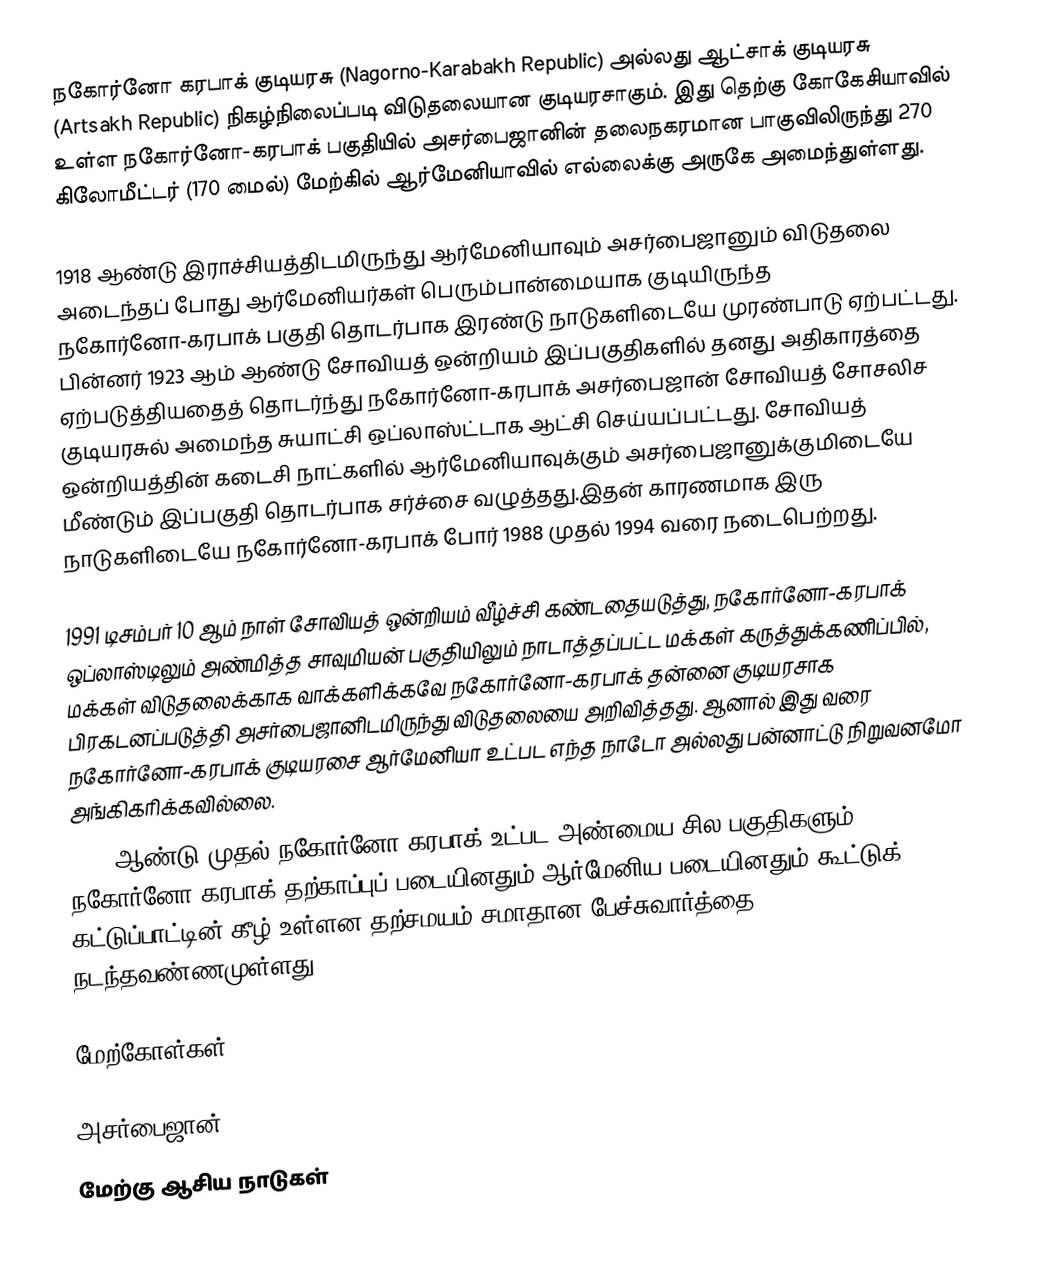
நகோர்னோ கரபாக் குடியரசு (Nagorno-Karabakh Republic) அல்லது ஆட்சாக் குடியரசு  (Artsakh Republic) நிகழ்நிலைப்படி விடுதலையான குடியரசாகும். இது தெற்கு கோகேசியாவில் உள்ள நகோர்னோ-கரபாக் பகுதியில் அசர்பைஜானின் தலைநகரமான பாகுவிலிருந்து 270 கிலோமீட்டர் (170 மைல்) மேற்கில் ஆர்மேனியாவில் எல்லைக்கு அருகே அமைந்துள்ளது.

1918 ஆண்டு இராச்சியத்திடமிருந்து ஆர்மேனியாவும் அசர்பைஜானும் விடுதலை அடைந்தப் போது ஆர்மேனியர்கள் பெரும்பான்மையாக குடியிருந்த நகோர்னோ-கரபாக் பகுதி தொடர்பாக இரண்டு நாடுகளிடையே முரண்பாடு ஏற்பட்டது. பின்னர் 1923 ஆம் ஆண்டு சோவியத் ஒன்றியம் இப்பகுதிகளில் தனது அதிகாரத்தை ஏற்படுத்தியதைத் தொடர்ந்து  நகோர்னோ-கரபாக் அசர்பைஜான் சோவியத் சோசலிச குடியரசுல் அமைந்த சுயாட்சி ஒப்லாஸ்ட்டாக ஆட்சி செய்யப்பட்டது. சோவியத் ஒன்றியத்தின் கடைசி நாட்களில் ஆர்மேனியாவுக்கும் அசர்பைஜானுக்குமிடையே மீண்டும் இப்பகுதி தொடர்பாக சர்ச்சை வழுத்தது.இதன் காரணமாக இரு நாடுகளிடையே நகோர்னோ-கரபாக் போர் 1988 முதல் 1994 வரை நடைபெற்றது.

1991 டிசம்பர் 10 ஆம் நாள் சோவியத் ஒன்றியம் வீழ்ச்சி கண்டதையடுத்து, நகோர்னோ-கரபாக் ஒப்லாஸ்டிலும் அண்மித்த சாவுமியன் பகுதியிலும் நாடாத்தப்பட்ட மக்கள் கருத்துக்கணிப்பில், மக்கள் விடுதலைக்காக வாக்களிக்கவே நகோர்னோ-கரபாக் தன்னை குடியரசாக பிரகடனப்படுத்தி அசர்பைஜானிடமிருந்து விடுதலையை அறிவித்தது. ஆனால் இது வரை நகோர்னோ-கரபாக் குடியரசை ஆர்மேனியா உட்பட எந்த நாடோ அல்லது பன்னாட்டு நிறுவனமோ அங்கிகரிக்கவில்லை.
1994 ஆண்டு முதல் நகோர்னோ-கரபாக் உட்பட அண்மைய சில பகுதிகளும் நகோர்னோ-கரபாக் தற்காப்புப் படையினதும் ஆர்மேனிய படையினதும் கூட்டுக் கட்டுப்பாட்டின் கீழ் உள்ளன.தற்சமயம் சமாதான பேச்சுவார்த்தை நடந்தவண்ணமுள்ளது.

மேற்கோள்கள்

அசர்பைஜான்
மேற்கு ஆசிய நாடுகள்